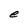
Character: e